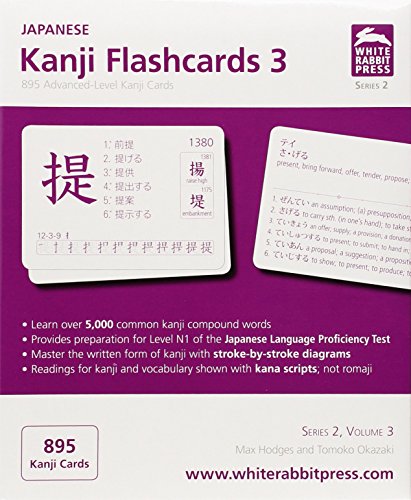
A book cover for Japanese Kanji Flashcards, Series 2 Volume 3 (English and Japanese Edition); Max Hodges; Test Preparation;